Annual report of lunatic asylums [Bombay] - 1912-1922
Year: 1912
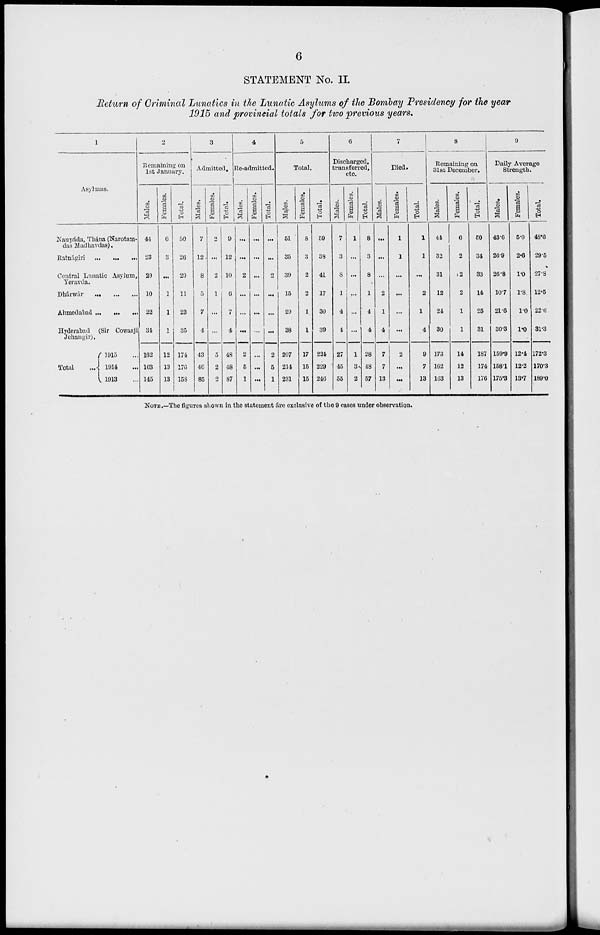
6
STATEMENT No. II.
Return of Criminal Lunatics in the Lunatic Asylums of the Bombay Presidency for the year
1915 and provincial totals for two previous years.
1
Asylums.
Naupáda, Thána (Narotam-
das Madhavdas).
Ratnágiri
...
...
...
Central Lunatic Asylum,
Yeravda.
Dhárwár
...
...
...
Ahmedabad ...
...
...
Hyderabad (Sir Cowasji
Jehangir).
Total ...
1915 ...
1914 ...
1913 ...
2
Remaining on
1st January.
Males.
44
23
29
10
22
34
162
163
145
Females.
6
3
...
1
1
1
12
13
13
Total.
50
26
29
11
23
35
174
176
158
3
Admitted.
Males.
7
12
8
5
7
4
43
40
85
Females.
2
...
2
1
...
...
5
2
2
Total.
9
12
10
6
7
4
48
48
87
4
Re-admitted.
Males.
...
2
...
...
...
2
5
1
Females.
...
...
...
...
...
...
...
...
...
Total.
...
...
2
...
...
...
2
5
1
5
Total.
Males.
51
35
39
15
29
38
207
214
231
Females.
8
3
2
2
1
1
17
15
15
Total.
59
38
41
17
30
39
224
229
246
6
Discharged,
transferred,
etc.
Males.
7
3
8
1
4
4
27
45
55
Females.
1
...
...
...
...
...
1
3
2
Total.
8
3
8
1
4
4
28
48
57
7
Died.
Males.
...
...
...
2
1
4
7
7
13
Females.
1
1
...
...
...
...
2
...
...
Total.
1
1
...
2
1
4
9
7
13
8
Remaining on
31st December.
Males.
44
32
31
12
24
30
173
162
163
Females.
6
2
2
2
1
1
14
12
13
Total.
50
34
33
14
25
31
187
174
176
9
Daily Average
Strength.
Males.
43.6
26.9
26.8
10.7
21.6
30.3
159.9
158.1
175.3
Females.
5.0
2.6
1.0
1.8
1.0
1.0
12.4
12.2
13.7
Total.
48.6
29.5
27.8
12.5
22.6
31.3
172.3
170.3
189.0
NOTE.—The figures shown in the statement áre exclusive of the 9 cases under observation.